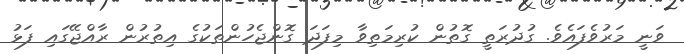
ވަނީ މަރުވެފައެވެ. ގުދުރަތީ ގޮތުން ކުރިމަތިވާ މިފަދަ ގޮންޖެހުންތަކުގެ އިތުރުން ރާއްޖޭގައި ފަޅު